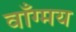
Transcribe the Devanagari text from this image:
वाँग्मय